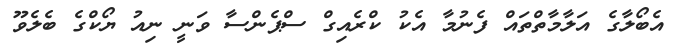
އެބޯލާގެ އަލާމާތްތައް ފެނުމާ އެކު ކްރެއިގް ސްޕެންސާ ވަނީ ނިއު ޔޯކްގެ ބެލެވޫ